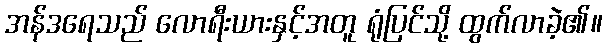
အန်ဒရေသည် လောရီးယားနှင့်အတူ ရုံပြင်သို့ ထွက်လာခဲ့၏။